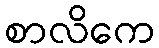
စာလိကေ